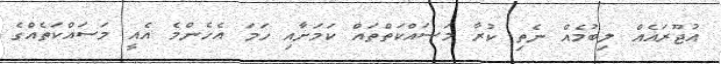
އުޖޫރައެއް ލިބުމެއް ނެތި ކުރާ މަސައްކަތްތައް ކަމަށާއި ހަމަ އެހެންމެ އެއީ މަސައްކަތެއްގެ